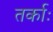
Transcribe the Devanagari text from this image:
तर्काः